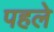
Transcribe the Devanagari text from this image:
पहलेे